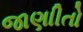
જાણાીતો